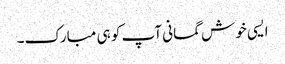
ایسی خوش گمانی آپ کو ہی مبارک۔